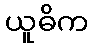
ယူဓိက